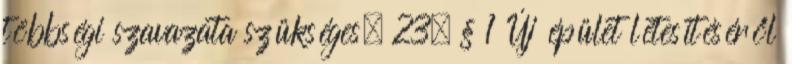
többségi szavazata szükséges. 23. § 1 Új épület létesítéséről